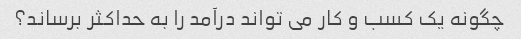
چگونه یک کسب و کار می تواند درآمد را به حداکثر برساند؟